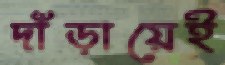
দাঁড়ায়েই